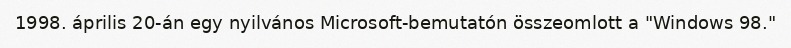
1998. április 20-án egy nyilvános Microsoft-bemutatón összeomlott a "Windows 98."